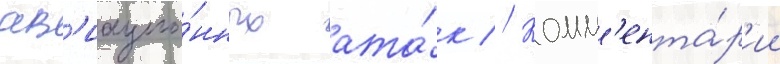
ав'иацио́нных ата́к // Комм'ента́р'ии